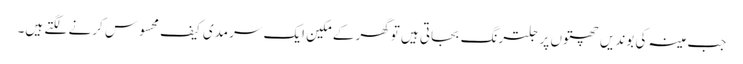
جب مینہ کی بوندیں چھتوں پر جلترنگ بجاتی ہیں توگھر کے مکین ایک سرمدی کیف محسوس کرنے لگتے ہیں۔